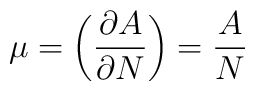
\mu = \biggl( { \partial A \over \partial N } \biggr) = { A \over N }